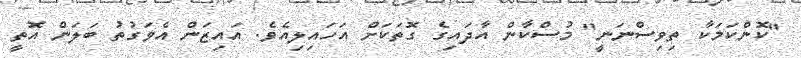
"ކޮންކަމަކާ ތިވިސްނަނީ" މުސްކާން އާދައިގެ ގޮތަކަށް އަހައިލިއެވެ. އައިޒަން އެވަގުތު ބަލަން އޮތީ